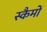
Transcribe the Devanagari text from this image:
स्कैमों